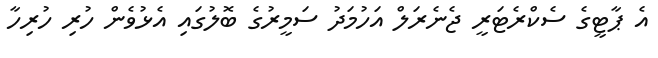
އެ ޕާޓީގެ ސެކްރެޓަރީ ޖެނެރަލް އަހުމަދު ސަމީރުގެ ބޮލުގައި އެޅުވެން ހުރި ހުރިހާ